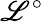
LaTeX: \mathscr{L}^{\circ}